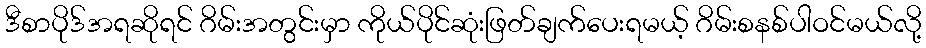
ဒီစာပိုဒ်အရဆိုရင် ဂိမ်းအတွင်းမှာ ကိုယ်ပိုင်ဆုံးဖြတ်ချက်ပေးရမယ့် ဂိမ်းစနစ်ပါဝင်မယ်လို့